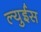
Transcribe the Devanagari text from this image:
ल्युईस